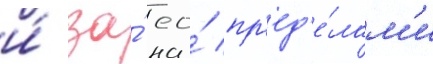
и́ за́ ео́ пр'ед'е́лам'и